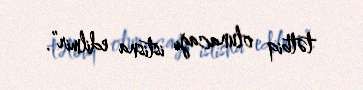
tətbiq olunacağı istisna edilmir”.